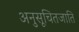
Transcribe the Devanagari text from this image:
अनुसूचितजाति